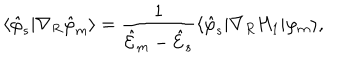
\langle \hat { \varphi } _ { s } | \nabla _ { R } \hat { \varphi } _ { m } \rangle = \frac 1 { { \cal \hat { E } } _ { m } - { \cal \hat { E } } _ { s } } \langle \hat { \varphi } _ { s } | \nabla _ { R } H _ { 1 } | \varphi _ { m } \rangle ,